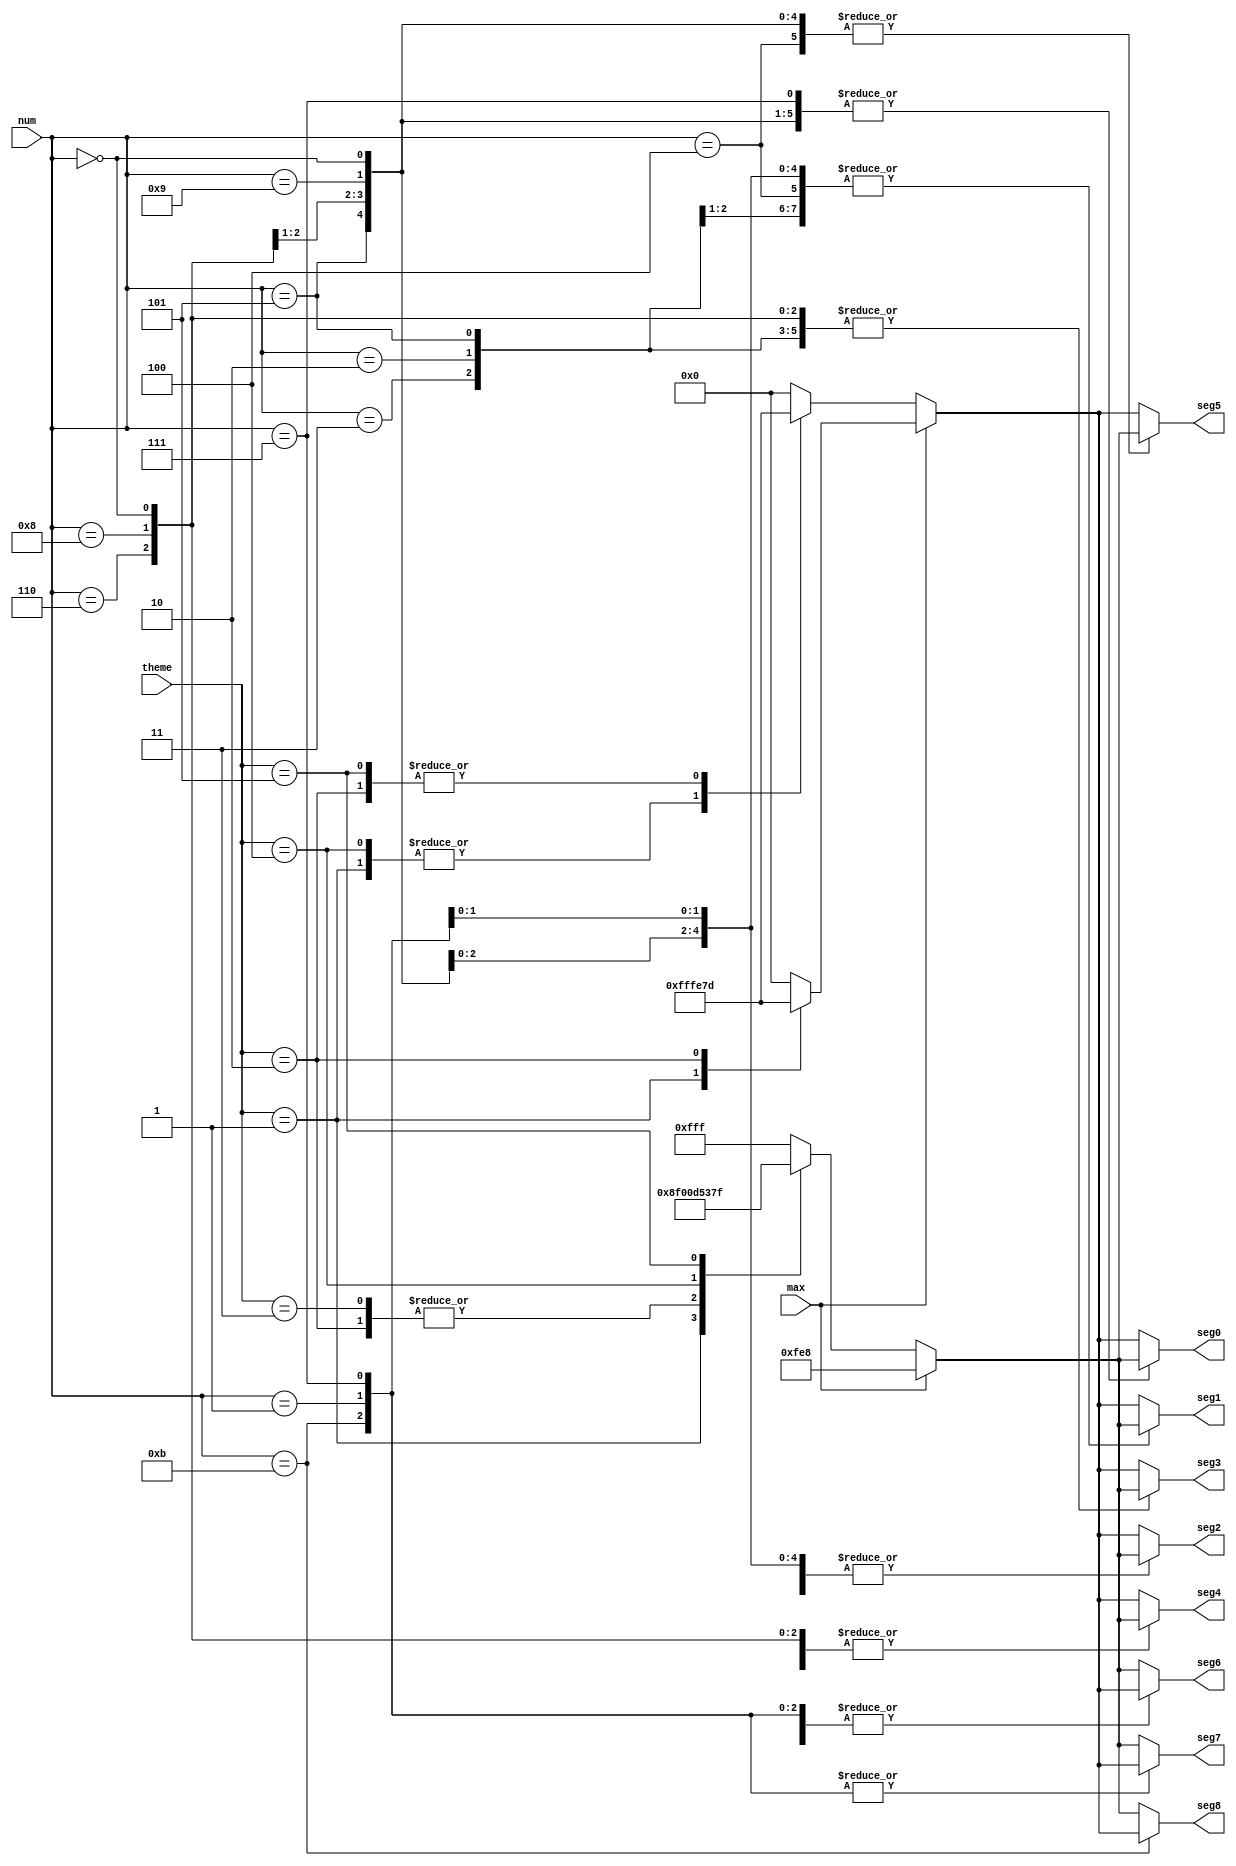
`timescale 1ns / 1ps
//////////////////////////////////////////////////////////////////////////////////
// Company: 
// Engineer: 
// 
// Design Name: 
// Module Name: vga_num2pixel
// Project Name: 
// Target Devices: 
// Tool Versions: 
// Description: 
// 
// Dependencies: 
// 
// Revision:
// Revision 0.01 - File Created
// Additional Comments:
// 
//////////////////////////////////////////////////////////////////////////////////


// ---0---
// 5     1
// -     - 
// 7--6--8
// -     -
// 4     2
// ---3---

module vga_num2pixel(
    num, theme, max, 
    seg0, seg1, seg2, seg3, seg4, seg5, seg6, seg7, seg8
    );
input [3:0] num;
input [3:0] theme;
input max;
output reg [11:0] seg0, seg1, seg2, seg3, seg4, seg5, seg6, seg7, seg8;

reg [11:0] backgrond, wcolor1;

always@(*) begin
    if(max == 1) begin
        case(theme)
        0: begin
            backgrond = 12'h000;
        end
        1: begin
            backgrond = 12'hfff;
        end
        2: begin
            backgrond = 12'he7d;
        end
        default: begin
            backgrond = 12'h000;
        end
        endcase
        wcolor1 = 12'hfe8;
    end
    else begin
        case(theme)
        0: begin
            backgrond = 12'h000;
            wcolor1 = 12'hfff;
        end
        1: begin
            backgrond = 12'hfff;
            wcolor1 = 12'h000;
        end
        2: begin
            backgrond = 12'he7d;
            wcolor1 = 12'h8f0;
        end
        3: begin
            backgrond = 12'h000;
            wcolor1 = 12'h8f0;
        end
        4: begin
            backgrond = 12'hfff;
            wcolor1 = 12'h0d5;
        end
        5: begin
            backgrond = 12'he7d;
            wcolor1 = 12'h37f;
        end
        default: begin
            backgrond = 12'h000;
            wcolor1 = 12'hfff;
        end
        endcase
    end
end

always@(*) begin
    case(num)
        4'd0: begin
            seg0 = wcolor1;
            seg1 = wcolor1;
            seg2 = wcolor1;
            seg3 = wcolor1;
            seg4 = wcolor1;
            seg5 = wcolor1;
            seg6 = backgrond;
            seg7 = wcolor1;
            seg8 = wcolor1;
        end
        4'd1: begin
            seg0 = backgrond;
            seg1 = wcolor1;
            seg2 = wcolor1;
            seg3 = backgrond;
            seg4 = backgrond;
            seg5 = backgrond;
            seg6 = backgrond;
            seg7 = backgrond;
            seg8 = wcolor1;
        end
        4'd2: begin
            seg0 = wcolor1;
            seg1 = wcolor1;
            seg2 = backgrond;
            seg3 = wcolor1;
            seg4 = wcolor1;
            seg5 = backgrond;
            seg6 = wcolor1;
            seg7 = wcolor1;
            seg8 = wcolor1;
        end
        4'd3: begin
            seg0 = wcolor1;
            seg1 = wcolor1;
            seg2 = wcolor1;
            seg3 = wcolor1;
            seg4 = backgrond;
            seg5 = backgrond;
            seg6 = wcolor1;
            seg7 = wcolor1;
            seg8 = wcolor1;
        end
        4'd4: begin
            seg0 = backgrond;
            seg1 = wcolor1;
            seg2 = wcolor1;
            seg3 = backgrond;
            seg4 = backgrond;
            seg5 = wcolor1;
            seg6 = wcolor1;
            seg7 = wcolor1;
            seg8 = wcolor1;
        end
        4'd5: begin
            seg0 = wcolor1;
            seg1 = backgrond;
            seg2 = wcolor1;
            seg3 = wcolor1;
            seg4 = backgrond;
            seg5 = wcolor1;
            seg6 = wcolor1;
            seg7 = wcolor1;
            seg8 = wcolor1;
        end
        4'd6: begin
            seg0 = wcolor1;
            seg1 = backgrond;
            seg2 = wcolor1;
            seg3 = wcolor1;
            seg4 = wcolor1;
            seg5 = wcolor1;
            seg6 = wcolor1;
            seg7 = wcolor1;
            seg8 = wcolor1;
        end
        4'd7: begin
            seg0 = wcolor1;
            seg1 = wcolor1;
            seg2 = wcolor1;
            seg3 = backgrond;
            seg4 = backgrond;
            seg5 = backgrond;
            seg6 = backgrond;
            seg7 = backgrond;
            seg8 = wcolor1;
        end
        4'd8: begin
            seg0 = wcolor1;
            seg1 = wcolor1;
            seg2 = wcolor1;
            seg3 = wcolor1;
            seg4 = wcolor1;
            seg5 = wcolor1;
            seg6 = wcolor1;
            seg7 = wcolor1;
            seg8 = wcolor1;
        end
        4'd9: begin
            seg0 = wcolor1;
            seg1 = wcolor1;
            seg2 = wcolor1;
            seg3 = backgrond;
            seg4 = backgrond;
            seg5 = wcolor1;
            seg6 = wcolor1;
            seg7 = wcolor1;
            seg8 = wcolor1;
        end
        4'd10: begin
            seg0 = backgrond;
            seg1 = backgrond;
            seg2 = backgrond;
            seg3 = backgrond;
            seg4 = backgrond;
            seg5 = backgrond;
            seg6 = wcolor1;
            seg7 = wcolor1;
            seg8 = wcolor1;
        end
        4'd11: begin
            seg0 = backgrond;
            seg1 = backgrond;
            seg2 = backgrond;
            seg3 = backgrond;
            seg4 = backgrond;
            seg5 = backgrond;
            seg6 = backgrond;
            seg7 = backgrond;
            seg8 = backgrond;
        end
        default: begin
            seg0 = backgrond;
            seg1 = backgrond;
            seg2 = backgrond;
            seg3 = backgrond;
            seg4 = backgrond;
            seg5 = backgrond;
            seg6 = wcolor1;
            seg7 = wcolor1;
            seg8 = wcolor1;
        end
    endcase
end

endmodule